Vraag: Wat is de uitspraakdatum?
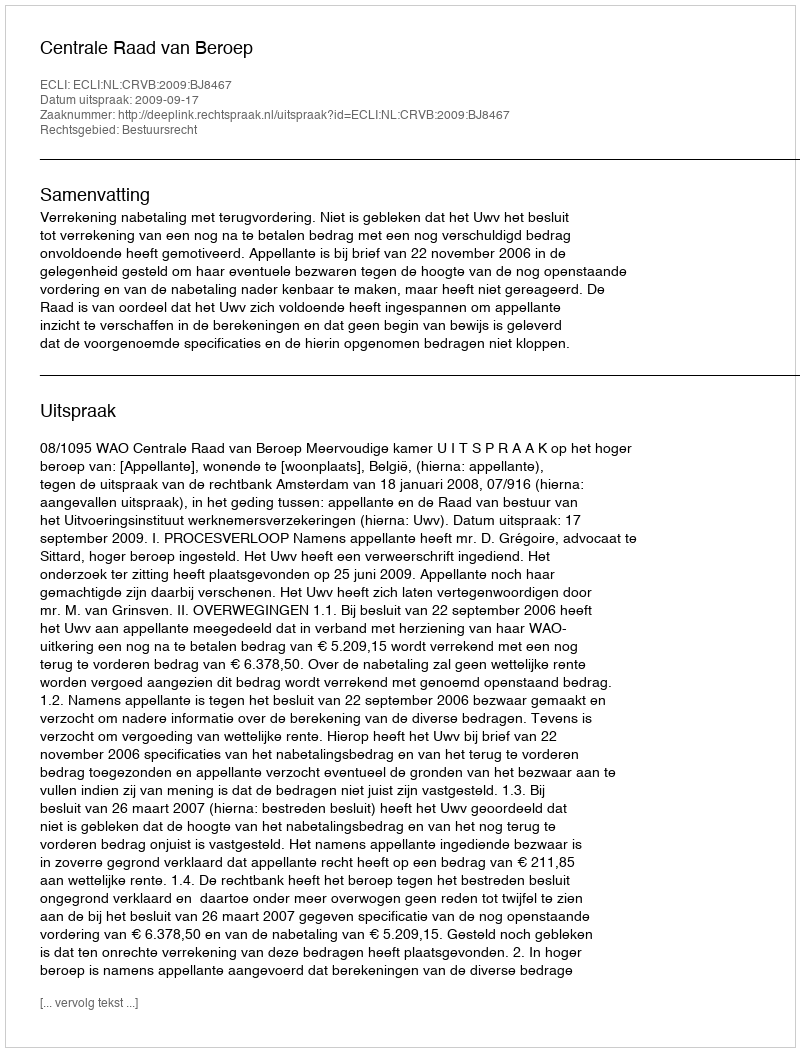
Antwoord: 2009-09-17